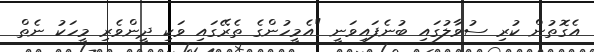
އެގޮތުން ކުރި ސުވާލުގައި ބުނެފައިވަނީ "އެމީހުންގެ ތެރޭގައި ވަކި ދީންވެރި މީހަކު ނެތް